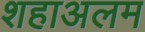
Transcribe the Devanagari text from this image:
शहाअलम